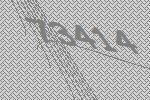
73414